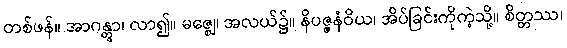
တစ်ဖန်။ အာဂန္တွာ၊ လာ၍။ မဇ္ဈေ၊ အလယ်၌။ နိပဇ္ဇနံဝိယ၊ အိပ်ခြင်းကိုကဲ့သို့။ စိတ္တဿ၊